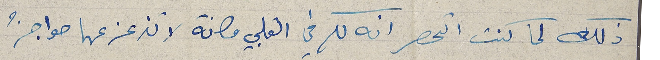
ذلك لما كنت اتحصر انه لكم في القلبي مكانة لا تزعزعها حواجزُ